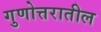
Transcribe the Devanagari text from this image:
गुणोत्तरातील